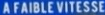
A FAIBLE VITESSE